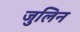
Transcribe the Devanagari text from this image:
जुलिन